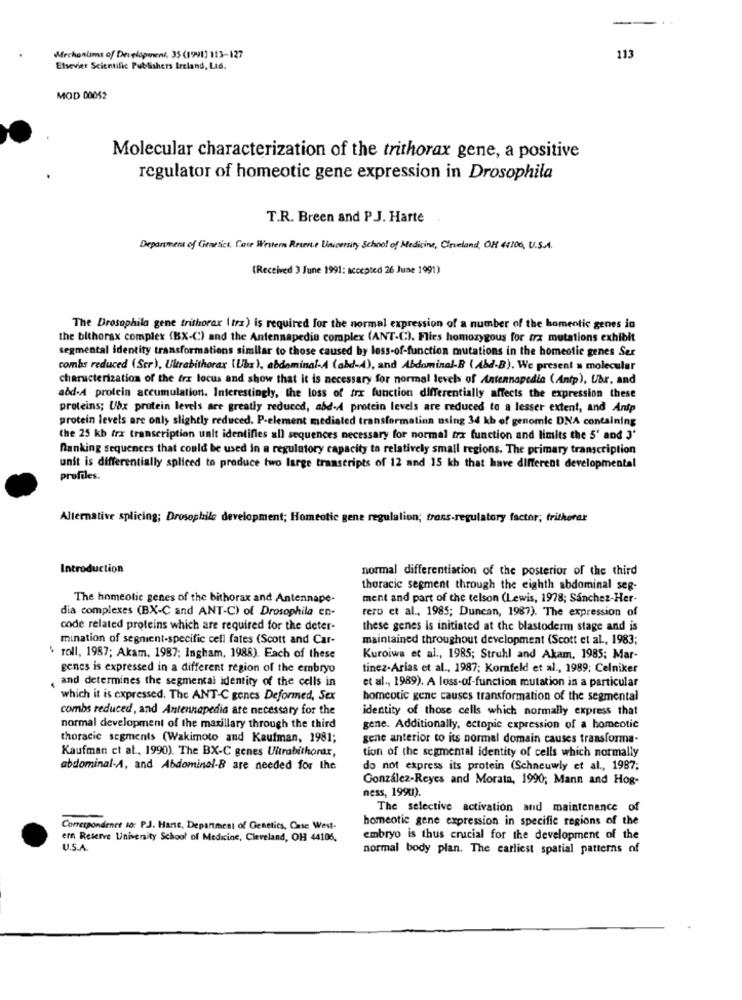
Mechanisms of Development, 35 (1991) 113-127
113
Elsevier Scientific Publishers Ireland, Ltd.
MOD 00052
Molecular characterization of the trithorax gene, a positive
regulator of homeotic gene expression in Drosophila
T.R. Breen and P.J. Harte
Department of Genetics, Case Western Reste University School of Medicine, Cleveland, OM 44106, U.S.A.
(Received 3 June 1991: accepted 26 June 1991)
The Drosophila gene trithorax (trz) is required for the normal expression of a number of the homeotic genes in
the bithorax complex (BX-C) and the Antennapedia complex (ANT-C). Flies homozygous for fra mutations exhibit
segmental identity transformations similar to those caused by loss-of-function mutations in the homeotic genes Sex
combs reduced (Scr), Ultrabithorax (Ubx), abdominal-A (abd-4), and Abdominal-B ( Abd-B). We present » molecular
characterization of the trx locus and show that it is necessary for normal levels of Antennapedia (Antp), Ubr, and
abd-A protein accumulation. Interestingly, the loss of frx function differentially affects the expression these
proteins; Ubx protein levels are greatly reduced, abd-A protein levels are reduced to a lesser extent, and Antp
protein levels are only slightly reduced. P-element mediated transformation using 34 kb of genomic DNA containing
the 25 kb trx transcription unit identifies all sequences necessary for normal trx function and limits the 5' and 3'
Ranking sequences that could be used in a regulatory capacity to relatively small regions. The primary transcription
unit is differentially spliced to produce two large transcripts of 12 and 15 kb that have different developmental
profiles.
Alternative splicing; Drosophile development; Homeotic gene regulation; trans-regulatory factor; trithorer
Introduction
normal differentiation of the posterior of the third
thoracic segment through the eighth abdominal seg-
The homeolic genes of the bithorax and Antennape-
ment and part of the telson (Lewis, 1978; Sanchez-Her-
dia complexes (BX-C and ANT-C) of Drosophila en-
rero et al ., 1985; Duncan, 1987). The expression of
code related proteins which are required for the deter-
these genes is initiated at the blastoderm stage and is
mination of segnient-specific cell fates (Scott and Car-
maintained throughout development (Scott et al ., 1983;
' roll, 1987; Akam. 1987; Ingham, 1988). Each of these
Kuroiwa et al ., 1985; Struhl and Akam, 1985; Mar-
genes is expressed in a different region of the embryo
tinez-Arias et al ., 1987; Kornfeld et al ., 1989; Celniker
, and determines the segmental identity of the cells in
et al ., 1989). A loss-of-function mutation in a particular
which it is expressed. The ANT-C genes Deformed, Sex
homeotic gene causes transformation of the segmental
combs reduced, and Antennapedia are necessary for the
identity of those cells which normally express that
normal development of the maxillary through the third
gene. Additionally, ectopic expression of a homeotic
thoracic segments (Wakimoto and Kaufman, 1981;
gene anterior to its normal domain causes transforma-
Kaufman et al ., 1990). The BX-C genes Ultrabithorar,
tion of the segmental identity of cells which normally
abdominal-A, and Abdominal-B are needed for Ihe
do not express its protein (Schneuwly et al ., 1987;
González-Reyes and Morata, 1990; Mann and Hog-
ness, 1990).
The selective activation and maintenance of
homeotic gene expression in specific regions of the
Correspondence so: P.J. Hane, Department of Genetics, Case West-
ern Reserve University School of Medicine, Cleveland, OH 44106,
embryo is thus crucial for the development of the
U.S.A.
normal body plan. The earliest spatial patterns of